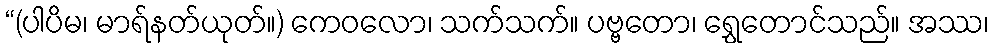
“(ပါပိမ၊ မာရ်နတ်ယုတ်။) ကေဝလော၊ သက်သက်။ ပဗ္ဗတော၊ ရွှေတောင်သည်။ အဿ၊